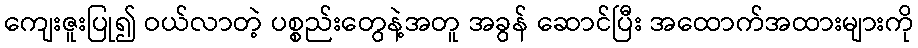
ကျေးဇူးပြု၍ ဝယ်လာတဲ့ ပစ္စည်းတွေနဲ့အတူ အခွန် ဆောင်ပြီး အထောက်အထားများကို